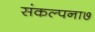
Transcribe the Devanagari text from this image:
संकल्पना७